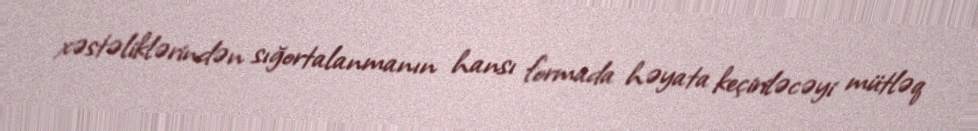
xəstəliklərindən sığortalanmanın hansı formada həyata keçiriləcəyi mütləq